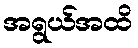
အရွယ်အထိ